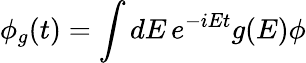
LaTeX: \phi_{g}(t)=\int dE\, e^{-iEt}g(E)\phi